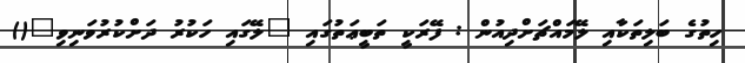
ހިތުގެ ބަލިތަކާއި ލޭމައްޗަށްދިއުން : ފޭރަކީ ތަބީޢަތުގައި "ލޭގައި ހަކުރު ދަށްކުރުވަނިވި"()